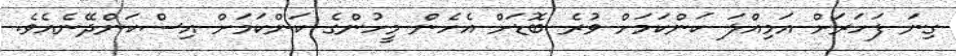
ގިނަ ފަހަރަށް އަމިއްލަ ކަންކަމަށް ވުރެ ބޮޑަށް އެހެން މީހުންގެ ކަންކަމަށް އިސްކަންދޭނެއެވެ.